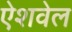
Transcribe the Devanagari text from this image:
ऐशवेल